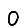
Digit: 0